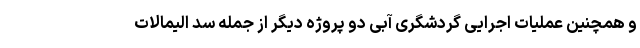
و همچنین عملیات اجرایی گردشگری آبی دو پروژه دیگر از جمله سد الیمالات